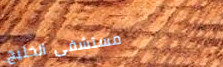
مستشفى الخليج